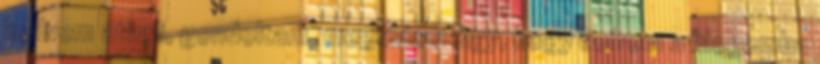
kedvem átírni, gondoltam, megoldom úgy, hogy beírom a blogomba